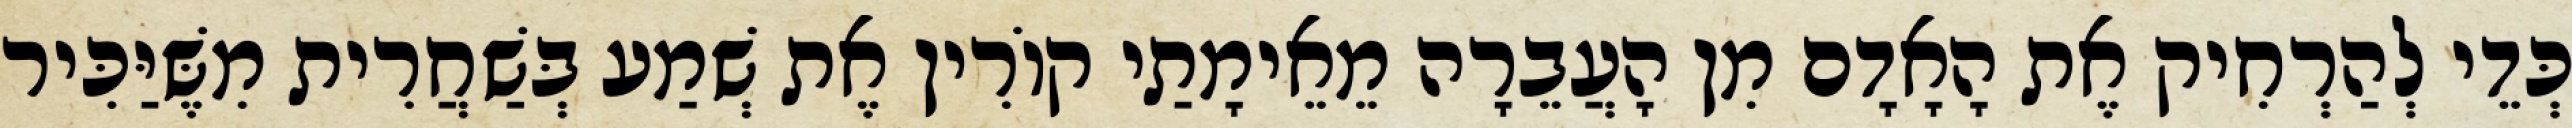
כְּדֵי לְהַרְחִיק אֶת הָאָדָם מִן הָעֲבֵרָה מֵאֵימָתַי קוֹרִין אֶת שְׁמַע בְּשַׁחֲרִית מִשֶּׁיַּכִּיר